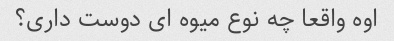
اوه واقعا چه نوع میوه ای دوست داری؟